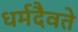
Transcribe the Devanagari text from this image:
धर्मदैवते